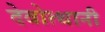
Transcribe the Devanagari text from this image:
देवोत्थानी